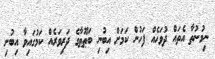
ނިމުނުތާ އެތައް ދުވަހެއް ފަހުން ކަމަށް އިބުނި ބަޠޫޠާގެ ދަރިވަރެއް ކަމުގައިވާ އިބުނި